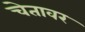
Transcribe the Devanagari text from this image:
चेतावर